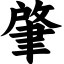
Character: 肇